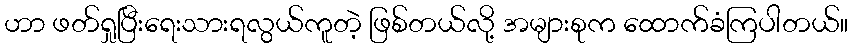
ဟာ ဖတ်ရှုပြီးရေးသားရလွယ်ကူတဲ့ ဖြစ်တယ်လို့ အများစုက ထောက်ခံကြပါတယ်။